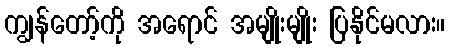
ကျွန်တော့်ကို အရောင် အမျိုးမျိုး ပြနိုင်မလား။